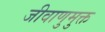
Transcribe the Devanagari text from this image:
जीवाणुमुक्त